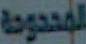
المحدودة